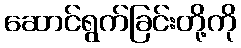
ဆောင်ရွက်ခြင်းတို့ကို